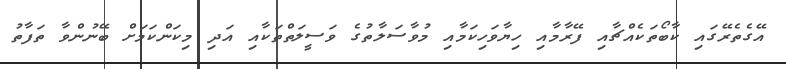
އޭގެތެރޭގައި ކާބޯތަކެއްޗާއި ފޭރާމާއި ހިޔާވަހިކަމާއި މުވާސަލާތުގެ ވަސީލަތްތަކާއި އަދި މިކަންކަމަށް ބޭނުންވާ ތަފާތު